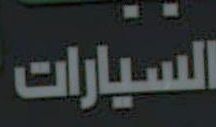
السيارات